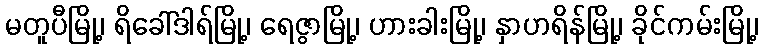
မတူပီမြို့၊ ရိခေါ်ဒါရ်မြို့၊ ရေဇွာမြို့၊ ဟားခါးမြို့၊ နှာဟရိန်မြို့၊ ခိုင်ကမ်းမြို့၊